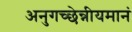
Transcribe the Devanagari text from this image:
अनुगच्छेन्नीयमानं